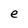
Character: e